Leaving Certificate, 1896
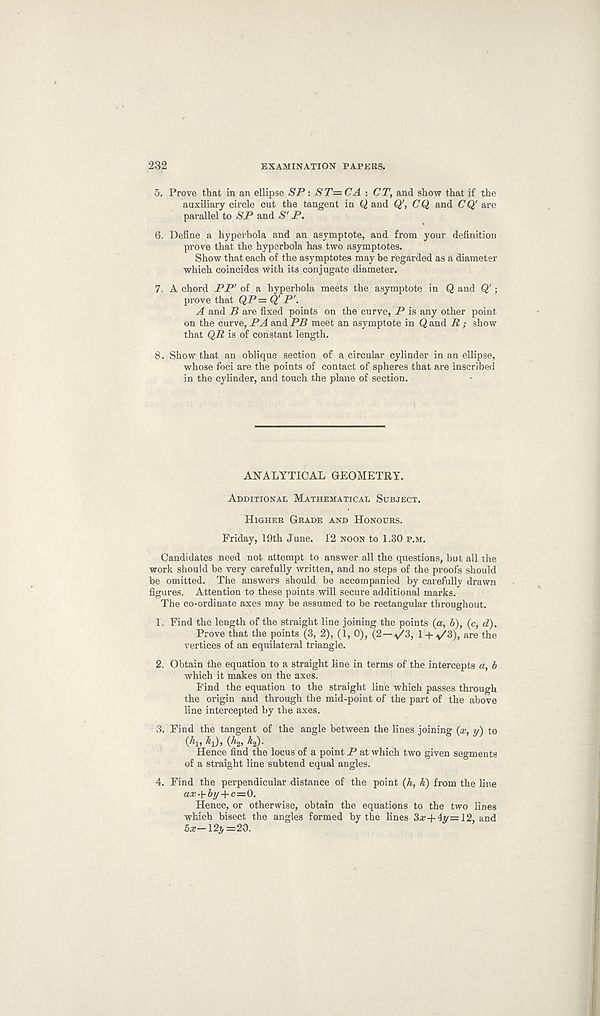
232
EXAMINATION PAPERS.
5. Prove that in an ellipse SP: ST=CA : CT, and show that if the
auxiliary circle cut the tangent in Q and Q' , CQ and CQ' are
parallel to SP and S' P.
6. Define a hyperbola and an asymptote, and from your definition
prove that the hyperbola has two asymptotes.
Show that each of the asymptotes may be regarded as a diameter
which coincides with its conjugate diameter.
7. A chord PP' of a hyperbola meets the asymptote in Q and Q';
prove that QP= Q' P'.
A and B are fixed points on the curve, P is any other point
on the curve, PA and PB meet an asymptote in Q and R ; show
that QR is of constant length.
8. Show that an oblique section of a circular cylinder in an ellipse,
whose foci are the points of contact of spheres that are inscribed
in the cylinder, and touch the plane of section.
ANALYTICAL GEOMETRY.
Additional Mathematical Subject.
Higher Grade and Honours.
Friday, 19th June. 12 noon to 1.30 p.m.
Candidates need not attempt to answer all the questions, but all the
work should be very carefully written, and no steps of the proofs should
be omitted. The answers should be accompanied by carefully drawn
figures. Attention to these points will secure additional marks.
The co-ordinate axes may be assumed to be rectangular throughout.
1. Find the length of the straight line joining the points (a, b), (c, d).
Prove that the points (3, 2), (1, 0), (2—^/3, 1 + y'S), are the
vertices of an equilateral triangle.
2. Obtain the equation to a straight line in terms of the intercepts a, b
which it makes on the axes.
Find the equation to the straight line which passes through
the origin and through the mid-point of the part of the above
line intercepted by the axes.
3. Find the tangent of the angle between the lines joining {cc, y) to
(A> ^i)> (^2> ^2)-
Hence find the locus of a point P at which two given segments
of a straight line subtend equal angles.
4. Find the perpendicular distance of the point (Ji, k) from the line
ax-{-by-t-c=0.
Hence, or otherwise, obtain the equations to the two lines
which bisect the angles formed by the lines 3x+4y=l2, and
5a?—123, =20.